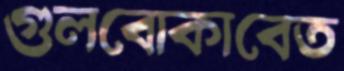
গুলবোকাবেত